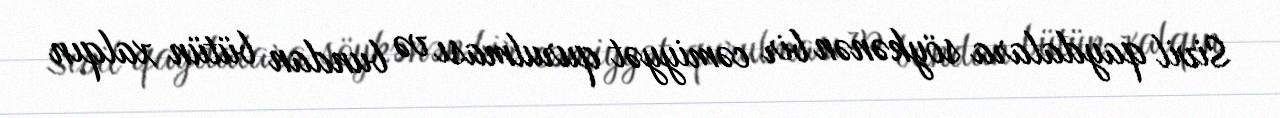
Sivil qaydalara söykənən bir cəmiyyət qurulması və bundan bütün xalqın